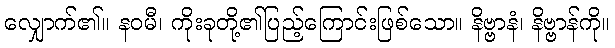
လျှောက်၏။ နဝမီ၊ ကိုးခုတို့၏ပြည့်ကြောင်းဖြစ်သော။ နိဗ္ဗာနံ၊ နိဗ္ဗာန်ကို။